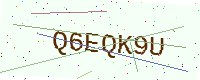
Text: Q6EQK9U